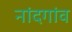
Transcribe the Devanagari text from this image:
नांदगांव